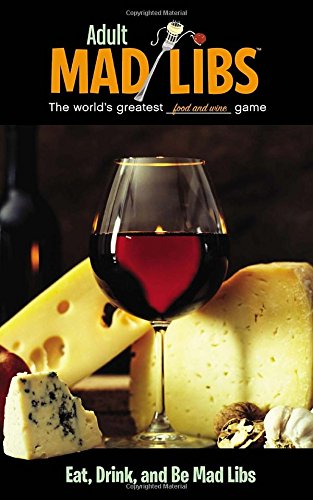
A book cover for Eat, Drink, and Be Mad Libs (Adult Mad Libs); Douglas Yacka; Humor & Entertainment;